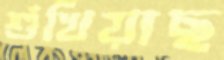
শুঁখিয়াছ